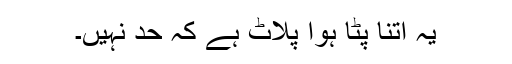
یہ اتنا پٹا ہوا پلاٹ ہے کہ حد نہیں۔